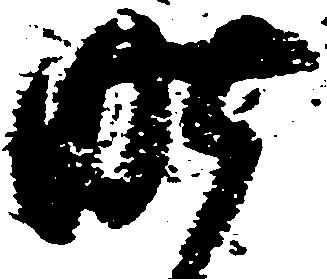
昨